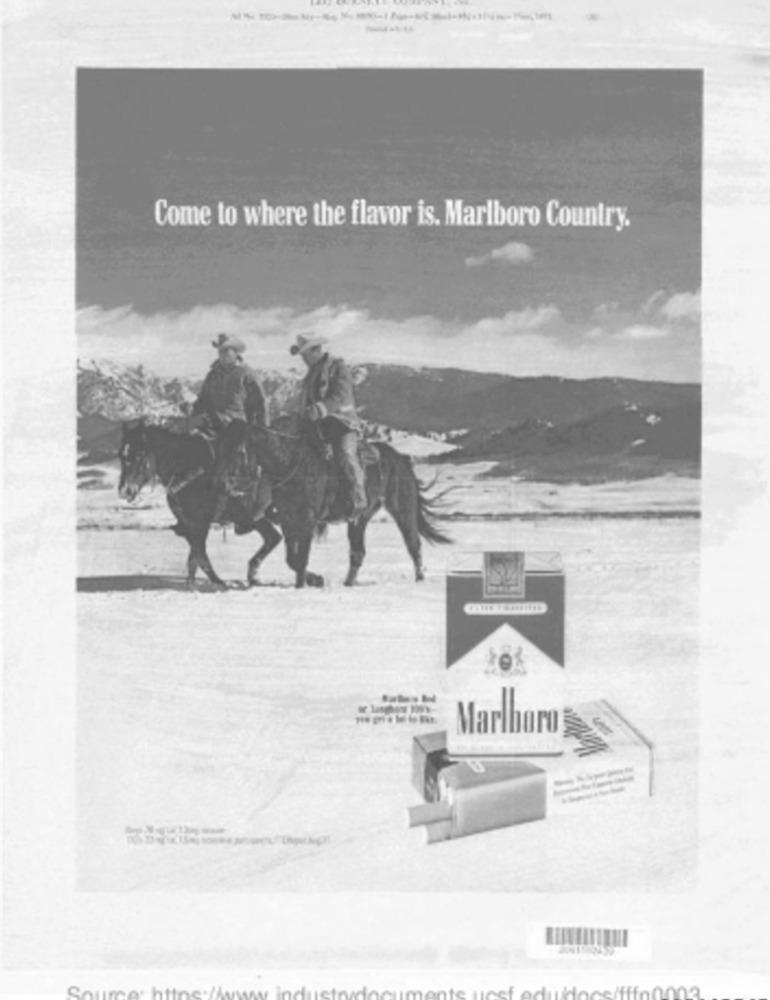
Come to where the flavor is. Marlboro Country.
Marburg
Source: https:/
documents ucsf eduldocs/fffo0003